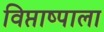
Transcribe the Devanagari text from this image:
विप्ताष्पाला